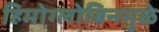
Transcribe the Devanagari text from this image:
हिमोग्लोबिनमुळे